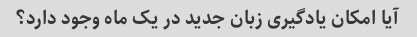
آیا امکان یادگیری زبان جدید در یک ماه وجود دارد؟